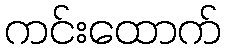
ကင်းထောက်